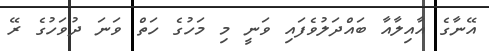
އޭނާގެ އާއިލާއާ ބައްދަލުވެފައި ވަނީ މި މަހުގެ ހަތް ވަނަ ދުވަހުގެ ރޭ